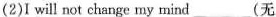
(2)I will not change my mind___(无